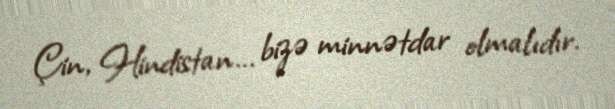
Çin, Hindistan... bizə minnətdar olmalıdır.